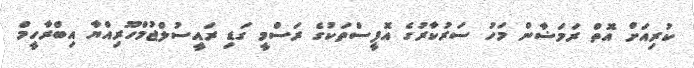
ކުރިއަށް އޮތް ރަމަޟާން މަހު ސަރުކާރުގެ އޮފީސްތަކުގެ ރަސްމީ ގަޑި ރައީސުލްޖުމްހޫރިއްޔާ އިބްރާހީމް